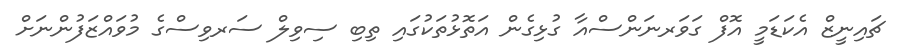
ޗައިނީޒް އެކަޑަމީ އޮފް ގަވަރނަންސްއާ ގުޅިގެން އަތޮޅުތަކުގައި ތިބި ސިވިލް ސަރވިސްގެ މުވައްޒަފުންނަށް